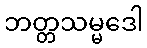
ဘတ္တသမ္မဒေါ